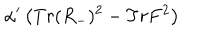
\alpha ^ { \prime } \left( T r ( R _ { - } ) ^ { 2 } - T r F ^ { 2 } \right)